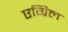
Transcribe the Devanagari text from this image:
एग्रिल